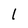
Character: 1